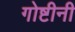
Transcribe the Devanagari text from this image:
गोष्टीनी